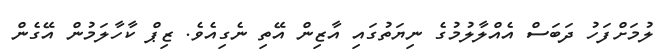
ލުމަށްފަހު ދަބަސް އެއްލާލުމުގެ ނިޔަތުގައި އާޒިން އޭތި ނެގިއެވެ. ޒިޕް ކާހާލަމުން އޭގެން